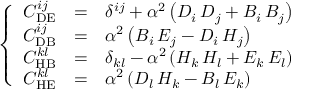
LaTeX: \left\{ \begin{array} { r c l } { { C _ { \mathrm { D E } } ^ { i j } } } & { { = } } & { { \delta ^ { i j } { } + { } \alpha ^ { 2 } \left( D _ { i } \, D _ { j } { } + { } B _ { i } \, B _ { j } \right) } } \\ { { C _ { \mathrm { D B } } ^ { i j } } } & { { = } } & { { \alpha ^ { 2 } \left( B _ { i } \, E _ { j } { } - { } D _ { i } \, H _ { j } \right) } } \\ { { C _ { \mathrm { H B } } ^ { k l } } } & { { = } } & { { \delta _ { k l } { } - { } \alpha ^ { 2 } \left( H _ { k } \, H _ { l } { } + { } E _ { k } \, E _ { l } \right) } } \\ { { C _ { \mathrm { H E } } ^ { k l } } } & { { = } } & { { \alpha ^ { 2 } \left( D _ { l } \, H _ { k } { } - { } B _ { l } \, E _ { k } \right) } } \end{array} \right.